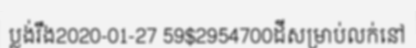
ប្លង់រឹង2020-01-27 59$2954700ដីសម្រាប់លក់នៅ